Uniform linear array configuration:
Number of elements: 32
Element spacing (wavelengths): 0.25
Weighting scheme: uniform
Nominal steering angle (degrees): -15
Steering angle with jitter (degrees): -13.564
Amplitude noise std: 0.05
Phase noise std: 0.05

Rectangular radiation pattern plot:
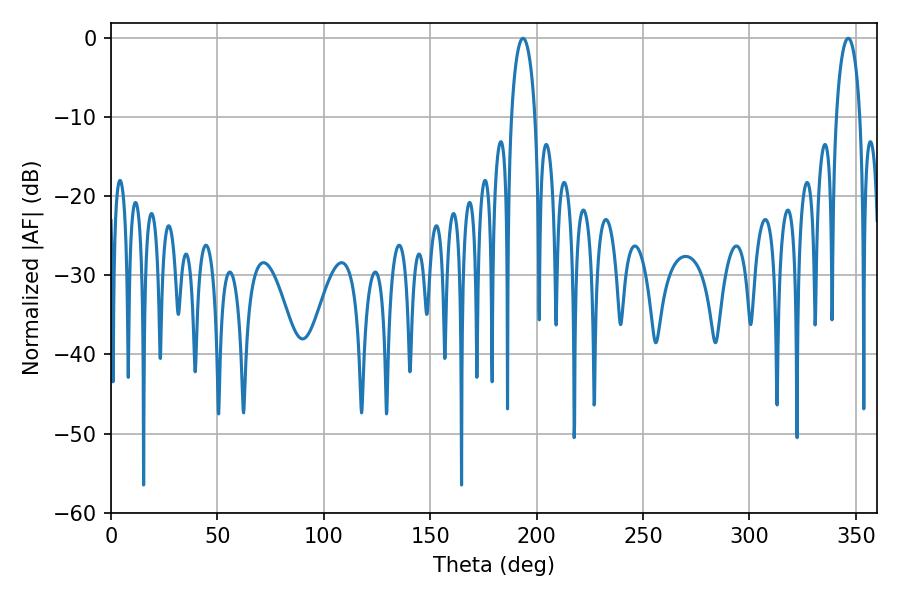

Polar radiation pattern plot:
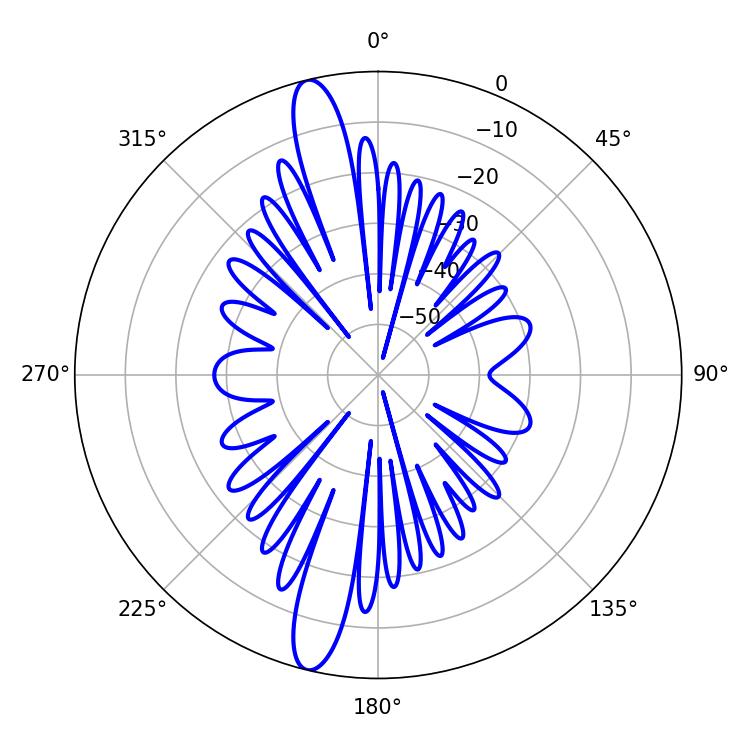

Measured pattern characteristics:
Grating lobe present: FALSE
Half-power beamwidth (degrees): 6.3
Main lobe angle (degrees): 346.32